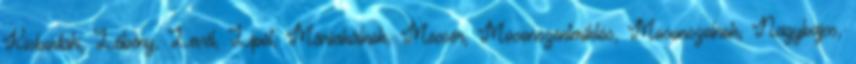
Kisbodak, Lébény, Levél, Lipót, Máriakálnok, Mecsér, Mosonszentmiklós, Mosonszolnok, Nagybajcs,